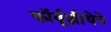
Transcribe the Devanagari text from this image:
कॉर्बूझीयेने